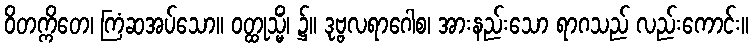
ဝိတက္ကိတေ၊ ကြံဆအပ်သော။ ဝတ္ထုသ္မိံ၊ ၌။ ဒုဗ္ဗလရာဂေါစ၊ အားနည်းသော ရာဂသည် လည်းကောင်း။